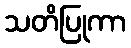
သတိပြုကာ